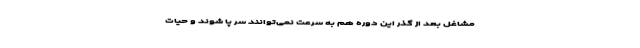
مشاغل بعد از گذر این دوره هم به سرعت نمی‌توانند سرِ پا شوند و حیات